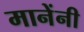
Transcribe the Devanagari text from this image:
मानेंनी